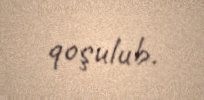
qoşulub.